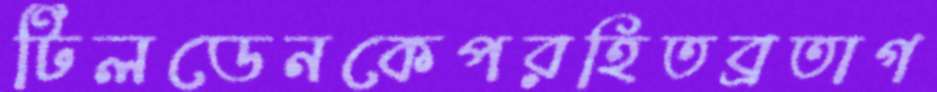
টিলডেনকেপরহিতব্রতাগ